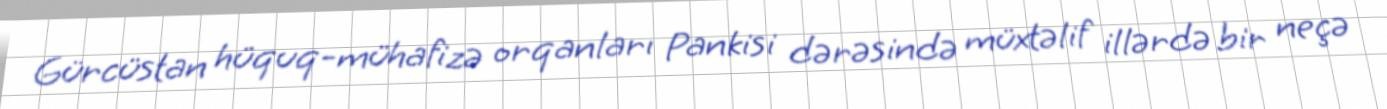
Gürcüstan hüquq-mühafizə orqanları Pankisi dərəsində müxtəlif illərdə bir neçə